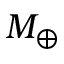
M _ { \oplus }